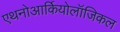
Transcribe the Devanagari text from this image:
एथनोआर्कियोलॉजिकल